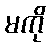
မကို